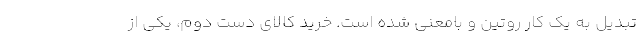
تبدیل به یک کار روتین و بامعنی شده است. خرید کالای دست دوم، یکی از